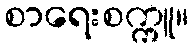
စာရေးစက္ကူ။